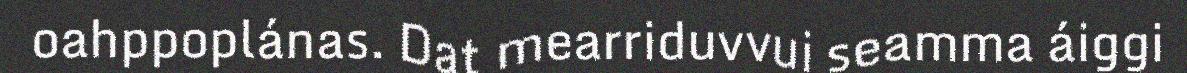
oahppoplánas. Dat mearriduvvui seamma áiggi